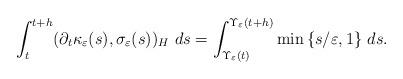
LaTeX: \begin{align*} \int_{t}^{t+h} (\partial_t\kappa_{\varepsilon}(s), \sigma_{\varepsilon}(s))_H \ ds = \int_{\Upsilon_{\varepsilon}(t)}^{\Upsilon_{\varepsilon}(t+h)} \min{ \{ s/\varepsilon, 1 \}} \ ds.\end{align*}